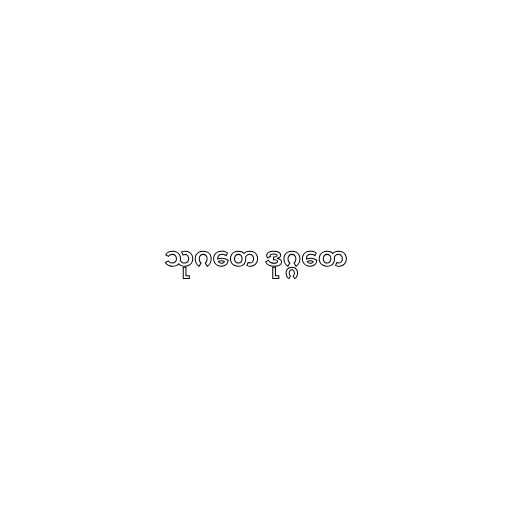
သုဂတေ ဒုဂ္ဂတေ